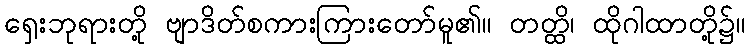
ရှေးဘုရားတို့ ဗျာဒိတ်စကားကြားတော်မူ၏။ တတ္ထိ၊ ထိုဂါထာတို့၌။